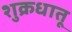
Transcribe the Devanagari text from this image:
शुक्रधातू